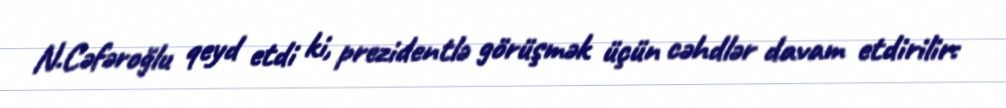
N.Cəfəroğlu qeyd etdi ki, prezidentlə görüşmək üçün cəhdlər davam etdirilir: